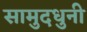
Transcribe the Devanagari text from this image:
सामुदधुनी